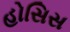
હોસિસ